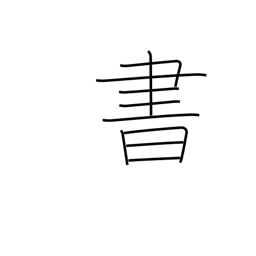
Meaning: write